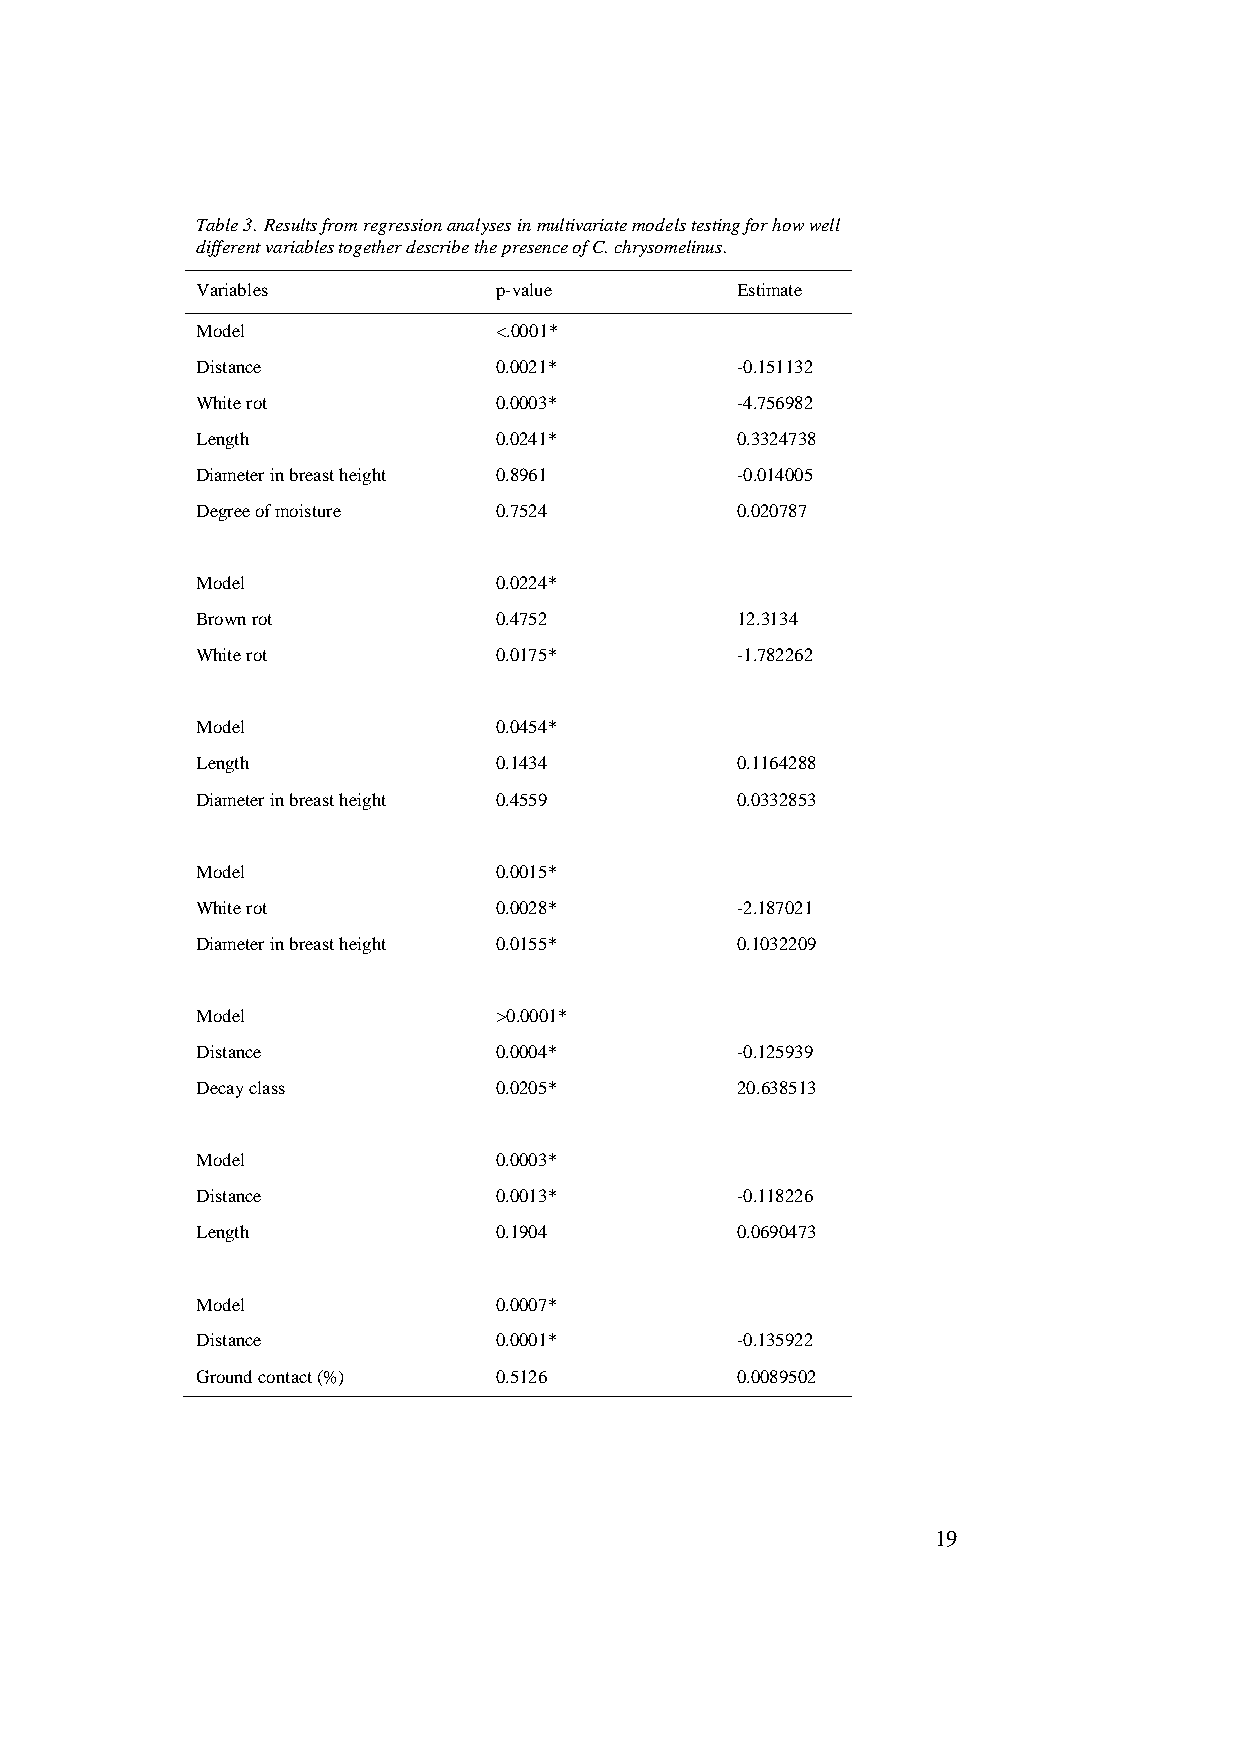
Table 3. Results from regression analyses in multivariate models testing for how well
 different variables together describe the presence of C. chrysomelinus.
 Variables           p-value         Estimate
 Model               <.0001*
 Distance            0.0021*         -0.151132
 White rot           0.0003*         -4.756982
 Length              0.0241*         0.3324738
 Diameter in breast height 0.8961    -0.014005
 Degree of moisture  0.7524          0.020787
 Model               0.0224*
 Brown rot           0.4752          12.3134
 White rot           0.0175*         -1.782262
 Model               0.0454*
 Length              0.1434          0.1164288
 Diameter in breast height 0.4559    0.0332853
 Model               0.0015*
 White rot           0.0028*         -2.187021
 Diameter in breast height 0.0155*   0.1032209
 Model               >0.0001*
 Distance            0.0004*         -0.125939
 Decay class         0.0205*         20.638513
 Model               0.0003*
 Distance            0.0013*         -0.118226
 Length              0.1904          0.0690473
 Model               0.0007*
 Distance            0.0001*         -0.135922
 Ground contact (%)  0.5126          0.0089502
 19